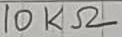
Text: 10KΩ